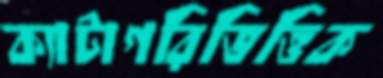
ক্যাটাগরিভিত্তিক